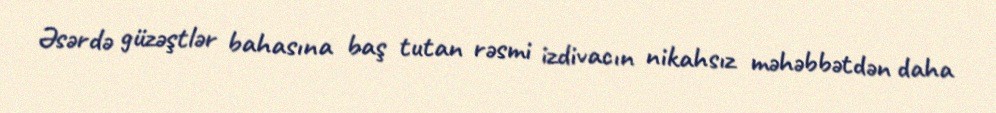
Əsərdə güzəştlər bahasına baş tutan rəsmi izdivacın nikahsız məhəbbətdən daha